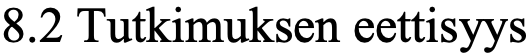
8.2 Tutkimuksen eettisyys